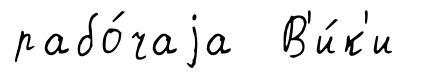
рабо́чаjа В'и́к'и